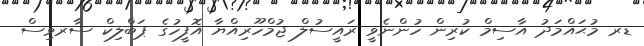
ޑރ މުޙައްމަދު އާސިމް ކުރިން ހުންނެވީ ރައީސުލް ޖުމްހޫރިއްޔާ އޮފީހުގެ ޕަބްލިކް ސާރވިސް